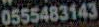
0555483143